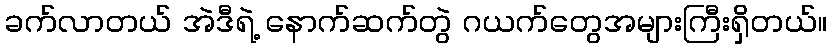
ခက်လာတယ် အဲဒီရဲ့ နောက်ဆက်တွဲ ဂယက်တွေအများကြီးရှိတယ်။